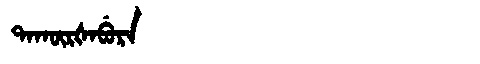
Manchu: ᡨᠠᡴᡡᡵᡧᠠᠪᡠᡵᠠ
Romanization: TAKŪRŠABURA